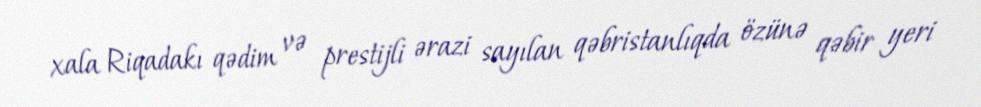
xala Riqadakı qədim və prestijli ərazi sayılan qəbristanlıqda özünə qəbir yeri